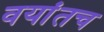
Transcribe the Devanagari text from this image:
वयांतच